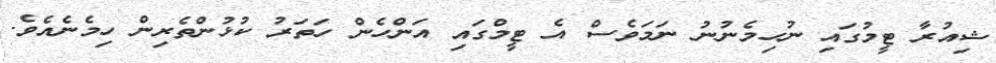
ޝިއުރާ ޓީމުގައި ނުހިމެނުނު ނަމަވެސް އެ ޓީމްގައި އަންހެން ހަތަރު ކުޅުންތެރިން ހިމެނެއެވެ.